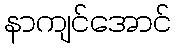
နာကျင်အောင်